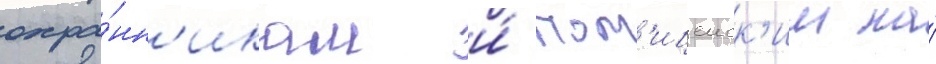
охра́нн'икам и́ пол'ицеиск'им на́